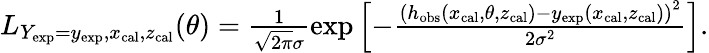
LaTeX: \begin{array}{r}{L_{Y_{\mathrm{exp}}=y_{\mathrm{exp}},x_{\mathrm{cal}},z_{\mathrm{cal}}}(\theta)=\frac{1}{\sqrt{2\pi}\sigma}\exp\left[-\frac{\left(h_{\mathrm{obs}}(x_{\mathrm{cal}},\theta,z_{\mathrm{cal}})-y_{\mathrm{exp}}(x_{\mathrm{cal}},z_{\mathrm{cal}})\right)^{2}}{2\sigma^{2}}\right].}\end{array}